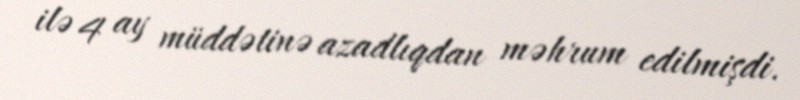
ilə 4 ay müddətinə azadlıqdan məhrum edilmişdi.